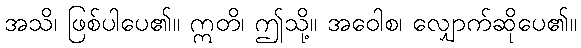
အသိ၊ ဖြစ်ပါပေ၏။ ဣတိ၊ ဤသို့။ အဝေါစ၊ လျှောက်ဆိုပေ၏။